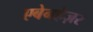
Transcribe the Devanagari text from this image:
एबेनहेज़र